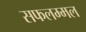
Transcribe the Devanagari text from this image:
सफलम्मल